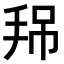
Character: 𢬚